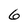
Character: 6